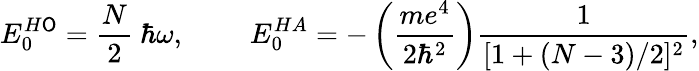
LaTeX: E_{0}^{H\mathsf{O}}=\frac{{N}}{{2}}~\hbar\omega,~~~~~~~~~E_{0}^{HA}=-\left(\frac{{me^{4}}}{{2\hbar^{2}}}\right)\frac{{1}}{{[1+(N-3)/2]^{2}}},